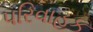
પરિવાહક